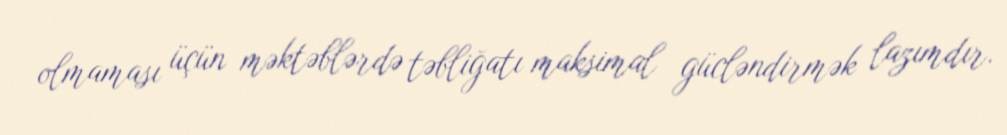
olmaması üçün məktəblərdə təbliğatı maksimal gücləndirmək lazımdır.